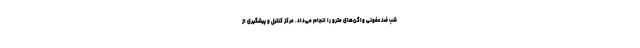
شب ضد عفونی واگن‌های مترو را انجام می‌داد. مرکز کنترل و پیشگیری از